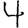
Digit: 4